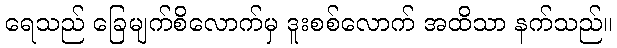
ရေသည် ခြေမျက်စိလောက်မှ ဒူးစစ်လောက် အထိသာ နက်သည်။